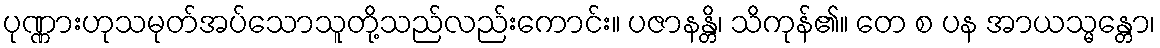
ပုဏ္ဏားဟုသမုတ်အပ်သောသူတို့သည်လည်းကောင်း။ ပဇာနန္တိ၊ သိကုန်၏။ တေ စ ပန အာယသ္မန္တော၊